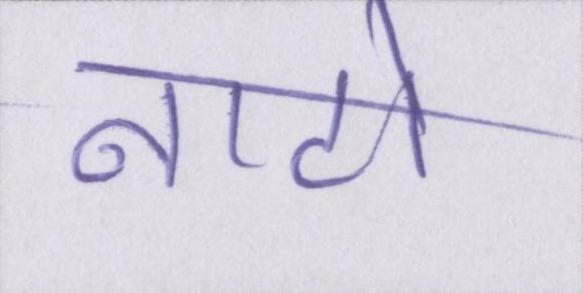
नाटो